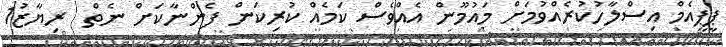
ޕީޕީއެމް އިސްލާހުކުރެއްވުމަށް މައުމޫން އެއްވެސް ކަމެއް ކުރިކަން ފެންނާކަށް ނެތް  ރިޔާޒު1